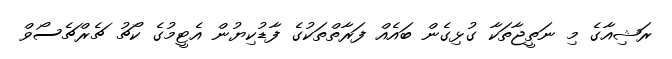
ރަޝިއާގެ މި ނަތީޖާތަކާ ގުޅިގެން ބައެއް ފަރާތްތަކުގެ ފާޑުކިޔުން އެޓީމުގެ ކޯޗު ޗެރްޗެސޯވް